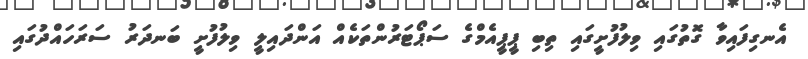
އެނގިފައިވާ ގޮތުގައި ވިލުފުށީގައި ތިބި ޕީޕީއެމްގެ ސަޕޯޓަރުންތަކެއް އަންދައިލީ ވިލުފުށީ ބަނދަރު ސަރަހައްދުގައި